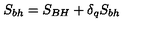
S _ { b h } = S _ { B H } + \delta _ { q } S _ { b h }